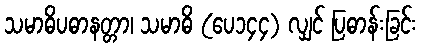
သမာဓိပဓာနတ္တာ၊ သမာဓိ (ပေ၁၄၄) လျှင် ပြဓာန်းခြင်း